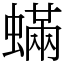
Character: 蟎